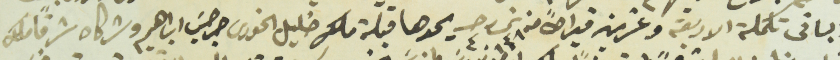
الباقى تكملة الاربعة وعشرين قيراطاً من شى ٤٨ حـ ٤ يحدها قبلة ملك خليل الخورى جرجسَ ابراهيم وشركاه شرقاً ملك